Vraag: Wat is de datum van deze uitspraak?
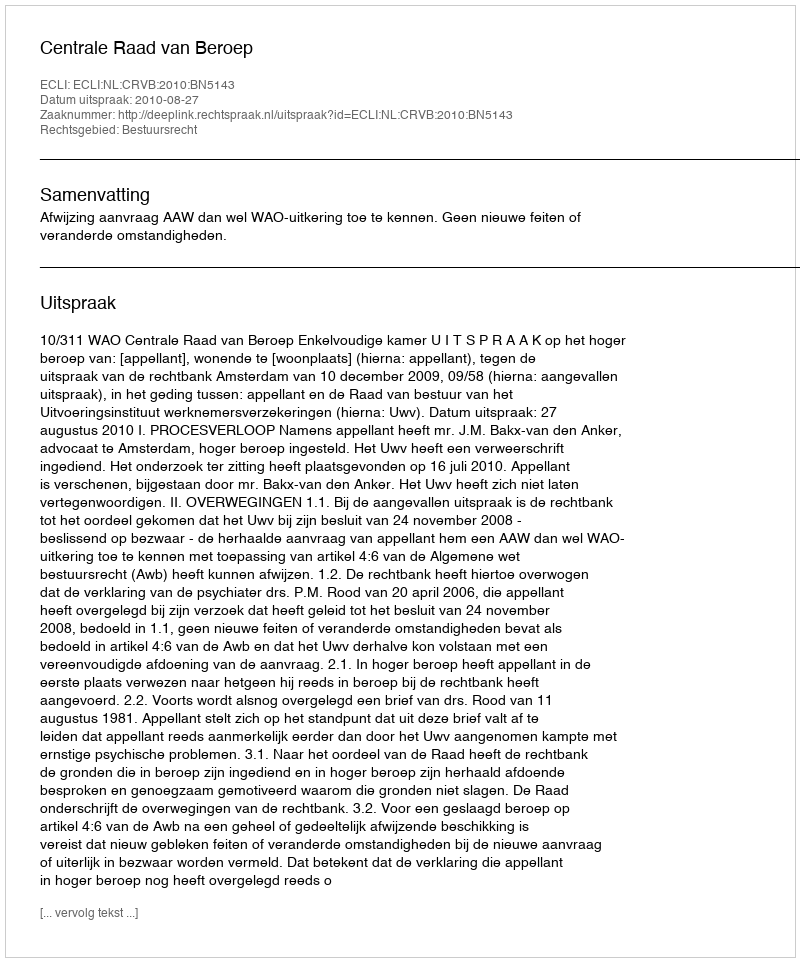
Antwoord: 2010-08-27